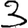
Digit: 3